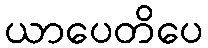
ယာပေတိပေ